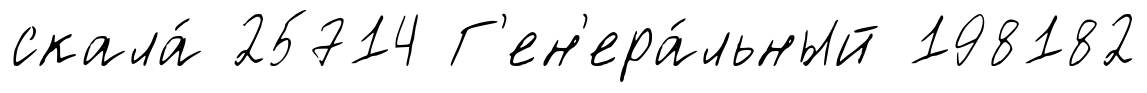
скала́ 25714 Г'ен'ера́льный 198182